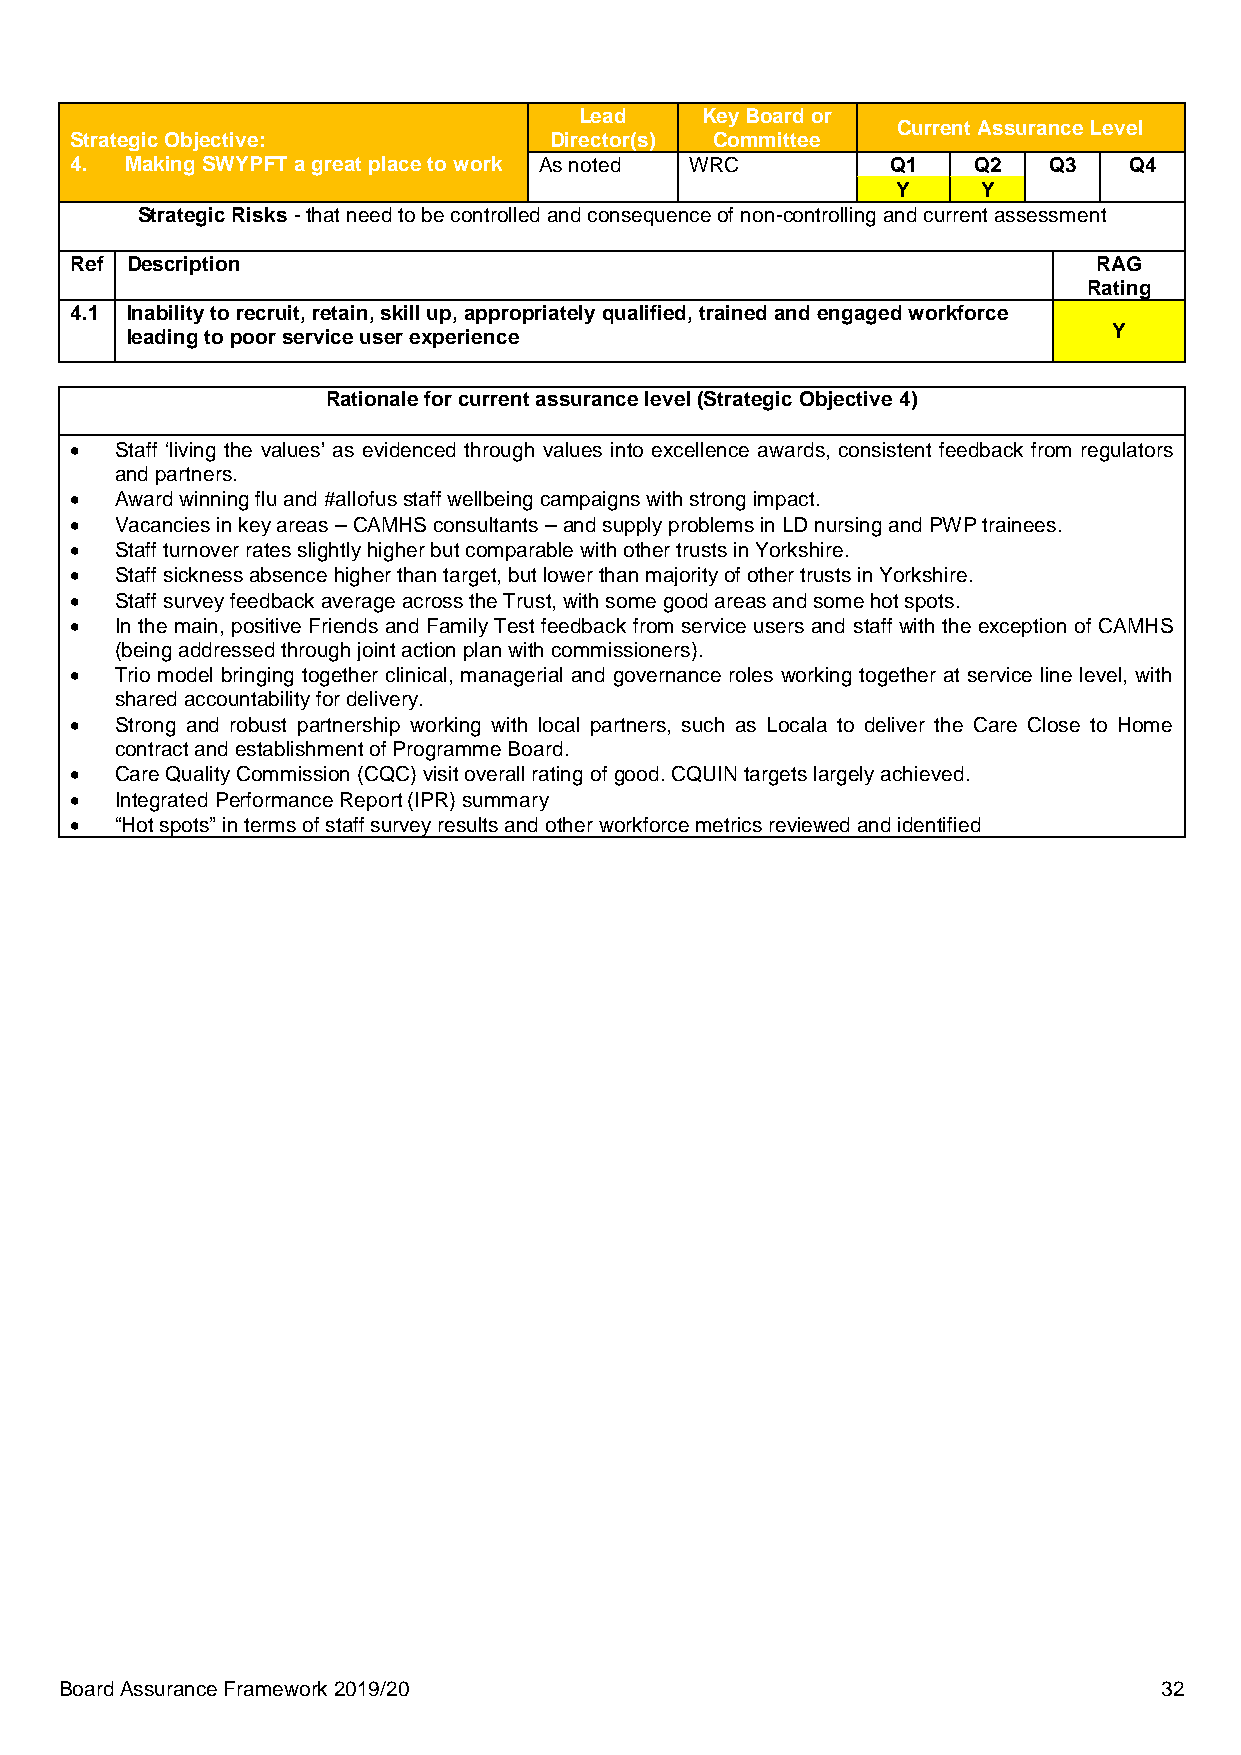
Lead    Key Board or
 Current Assurance Level
 Strategic Objective:           Director(s) Committee
 4. Making SWYPFT a great place to work As noted WRC   Q1   Q2   Q3    Q4
 Y     Y
 Strategic Risks - that need to be controlled and consequence of non-controlling and current assessment
 Ref Description                                                     RAG
 Rating
 4.1 Inability to recruit, retain, skill up, appropriately qualified, trained and engaged workforce
 leading to poor service user experience                           Y
 Rationale for current assurance level (Strategic Objective 4)
 •  Staff ‘living the values’ as evidenced through values into excellence awards, consistent feedback from regulators
 and partners.
 •  Award winning flu and #allofus staff wellbeing campaigns with strong impact.
 •  Vacancies in key areas – CAMHS consultants – and supply problems in LD nursing and PWP trainees.
 •  Staff turnover rates slightly higher but comparable with other trusts in Yorkshire.
 •  Staff sickness absence higher than target, but lower than majority of other trusts in Yorkshire.
 •  Staff survey feedback average across the Trust, with some good areas and some hot spots.
 •  In the main, positive Friends and Family Test feedback from service users and staff with the exception of CAMHS
 (being addressed through joint action plan with commissioners).
 •  Trio model bringing together clinical, managerial and governance roles working together at service line level, with
 shared accountability for delivery.
 •  Strong and robust partnership working with local partners, such as Locala to deliver the Care Close to Home
 contract and establishment of Programme Board.
 •  Care Quality Commission (CQC) visit overall rating of good. CQUIN targets largely achieved.
 •  Integrated Performance Report (IPR) summary
 •  “Hot spots” in terms of staff survey results and other workforce metrics reviewed and identified
 Board Assurance Framework 2019/20                                        32